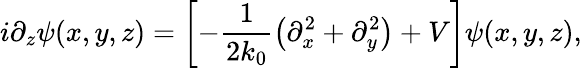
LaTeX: i\partial_{z}\psi(x,y,z)=\left[-\frac{1}{2k_{0}}\left(\partial_{x}^{2}+\partial_{y}^{2}\right)+V\right]\psi(x,y,z),